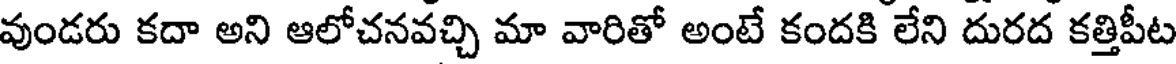
వుండరు కదా అని ఆలోచనవచ్చి మా వారితో అంటే కందకి లేని దురద కత్తిపీట